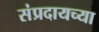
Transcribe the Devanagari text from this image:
संप्रदायच्या